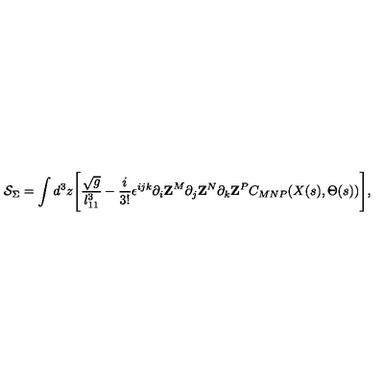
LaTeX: { \cal S } _ { \Sigma } = \int d ^ { 3 } z \Biggl [ { \frac { \sqrt { g } } { l _ { 1 1 } ^ { 3 } } } - { \frac { i } { 3 ! } } \epsilon ^ { i j k } \partial _ { i } { \bf Z } ^ { M } \partial _ { j } { \bf Z } ^ { N } \partial _ { k } { \bf Z } ^ { P } C _ { M N P } ( X ( s ) , \Theta ( s ) ) \Biggr ] ,